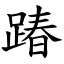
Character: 踳